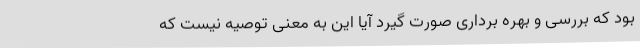
بود که بررسی و بهره برداری صورت گیرد آیا این به معنی توصیه نیست که